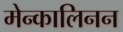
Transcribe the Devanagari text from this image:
मेन्कालिनन